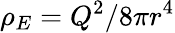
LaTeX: \rho_{E}=Q^{2}/8\pi r^{4}